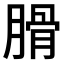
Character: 𦞽